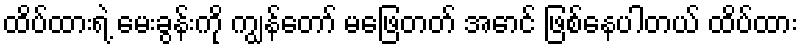
ထိပ်ထားရဲ့ မေးခွန်းကို ကျွန်တော် မဖြေတတ် အောင် ဖြစ်နေပါတယ် ထိပ်ထား